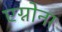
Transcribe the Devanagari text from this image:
एग्नोना